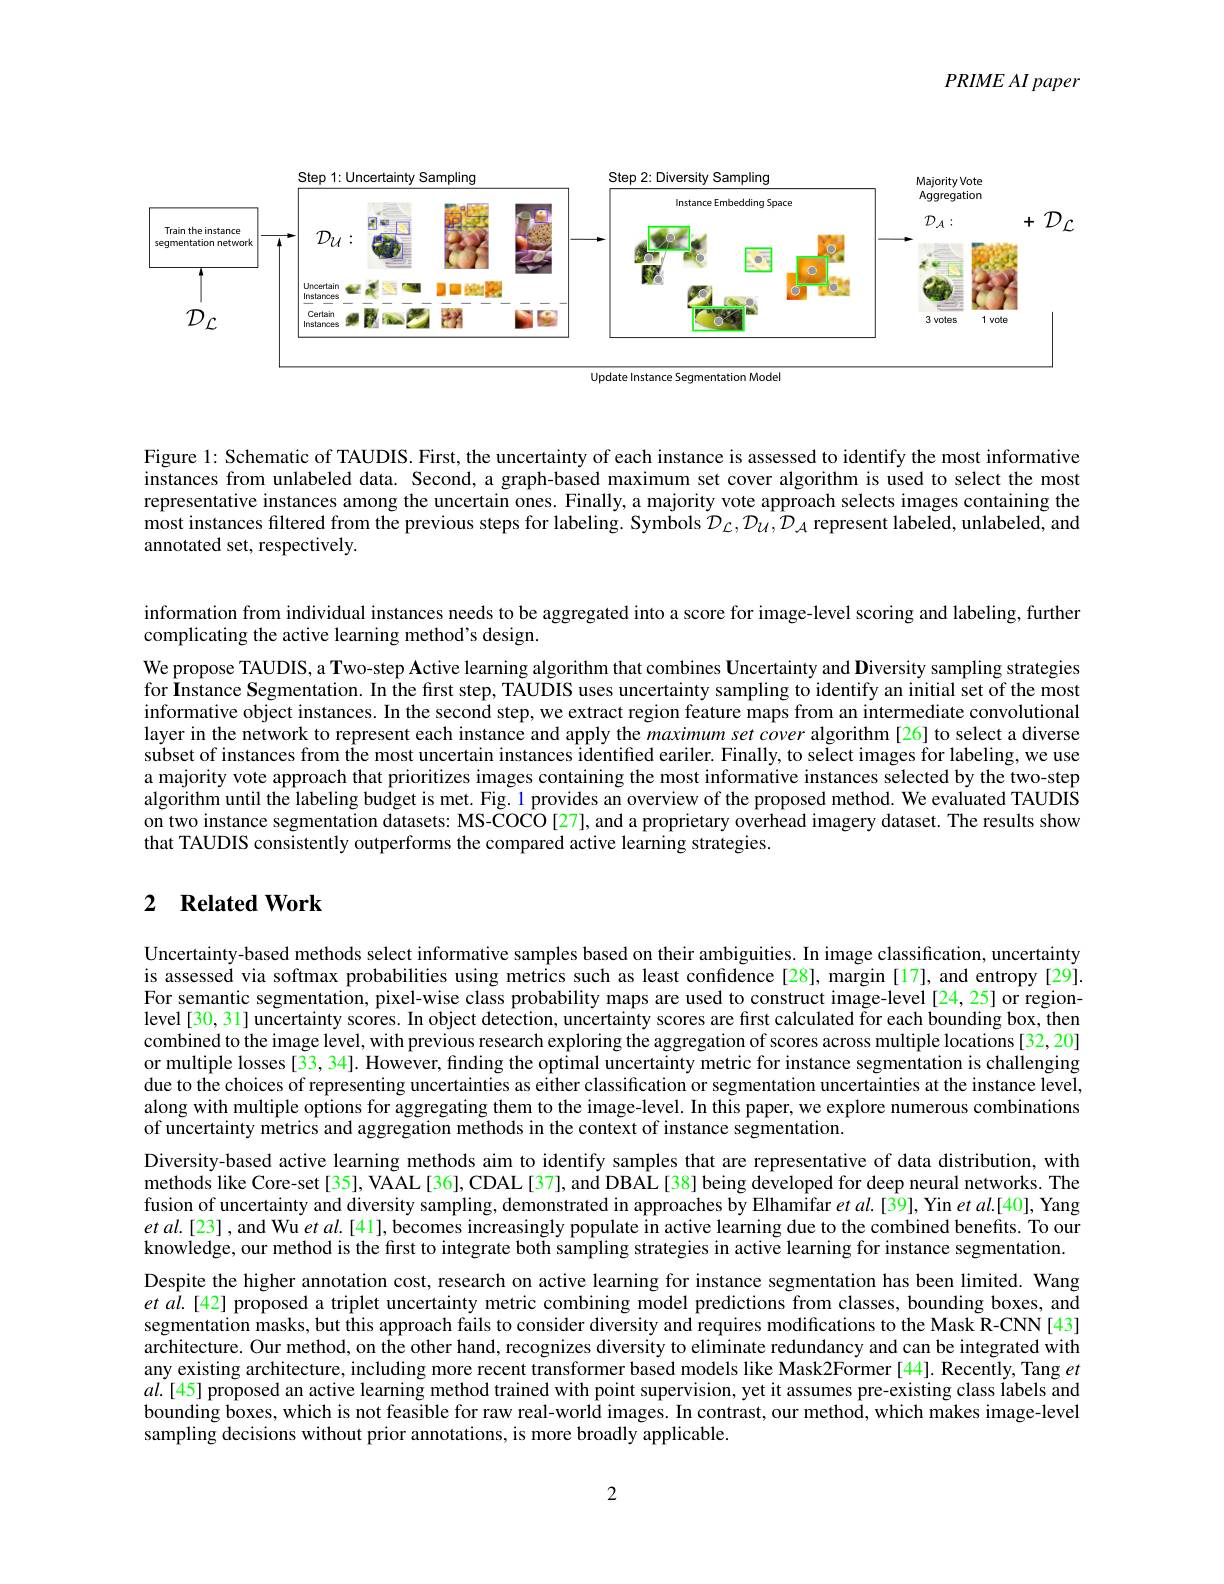
$PRIMEAI\textit{ paper}$

<FigureHere>

Update Instance Segmentation Model

Figure 1: Schematic of TAUDIS. First, the uncertainty of each instance is assessed to identify the most informative instances from unlabeled data. Second, a graph-based maximum set cover algorithm is used to select the most representative instances among the uncertain ones. Finally, a majority vote approach selects images containing the most instances filtered from the previous steps for labeling. Symbols $\mathcal{D}_\mathcal{L},\mathcal{D}_\mathcal{U},\mathcal{D}_\mathcal{A}$ represent labeled, unlabeled, and annotated set, respectively.

information from individual instances needs to be aggregated into a score for image-level scoring and labeling, further
complicating the active learning method's design.

We propose TAUDIS, a Two-step Active learning algorithm that combines Uncertainty and Diversity sampling strategies for Înstance Segmentation. In the first step, TÅUDIS uses uncertainty sampling to identify an initial set of the most informative object instances. In the second step, we extract region feature maps from an intermediate convolutional layer in the network to represent each instance and apply the maximum set cover algorithm [26] to select a diverse subset of instances from the most uncertain instances identified eariler. Finally, to select images for labeling, we use a majority vote approach that prioritizes images containing the most informative instances selected by the two-step algorithm until the labeling budget is met. Fig. 1 provides an overview of the proposed method. We evaluated TAUDIS on two instance segmentation datasets: MS-COCO[27], and a proprietary overhead imagery dataset. The results show that TAUDIS consistently outperforms the compared active learning strategies.

### 2 $\textbf{Related Work}$

Uncertainty-based methods select informative samples based on their ambiguities. In image classification, uncertainty is assessed via softmax probabilities using metrics such as least confidence[28], margin[17], and entropy[29]. For semantic segmentation, pixel-wise class probability maps are used to construct image-level[24,25] or regionlevel [30, 31] uncertainty scores. In object detection, uncertainty scores are first calculated for each bounding box, then combined to the image level, with previous research exploring the aggregation of scores across multiple locations[32, 20] or multiple losses [33, 34]. However, finding the optimal uncertainty metric for instance segmentation is challenging due to the choices of representing uncertainties as either classification or segmentation uncertainties at the instance level, along with multiple options for aggregating them to the image-level. In this paper, we explore numerous combinations of uncertainty metrics and aggregation methods in the context of instance segmentation.
Diversity-based active learning methods aim to identify samples that are representative of data distribution, with methods like Core-set [35], VAAL [36], CDAL [37], and DBAL [38] being developed for deep neural networks. The fusion of uncertainty and diversity sampling, demonstrated in approaches by Elhamifar $etal.[\hat{39}]$, Yin $etal.[40]$, Yang et al.[23], and Wu et al.[41], becomes increasingly populate in active learning due to the combined benefits. To our knowledge, our method is the first to integrate both sampling strategies in active learning for instance segmentation. Despite the higher annotation cost, research on active learning for instance segmentation has been limited. Wang et $al.$[42] proposed a triplet uncertainty metric combining model predictions from classes, bounding boxes, and segmentation masks, but this approach fails to consider diversity and requires modifications to the Mask R-CNN[43] architecture. Our method, on the other hand, recognizes diversity to eliminate redundancy and can be integrated with any existing architecture, including more recent transformer based models like Mask2Former [44]. Recently, Tang $et$ $al.[45]$ proposed an active learning method trained with point supervision, yet it assumes pre-existing class labels and bounding boxes, which is not feasible for raw real-world images. In contrast, our method, which makes image-level sampling decisions without prior annotations, is more broadly applicable.

2